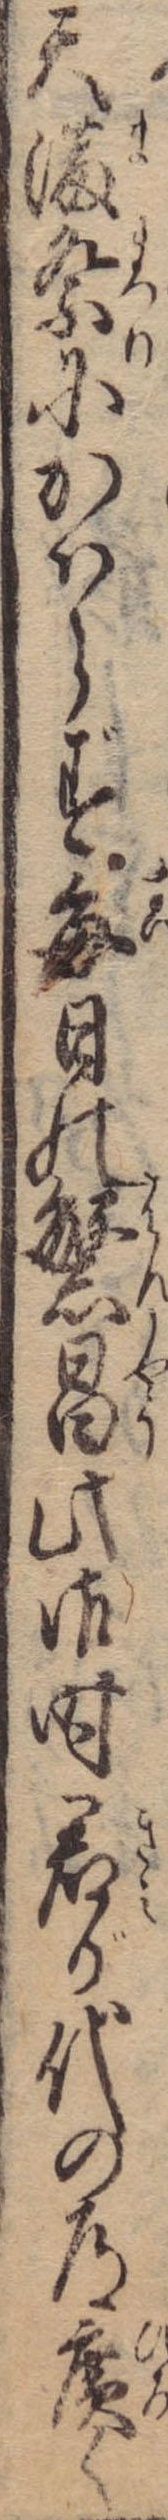
天満祭にかはらず毎日の繁昌此御時君が代の道広く